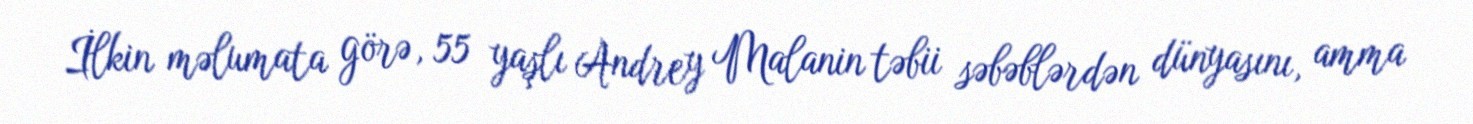
İlkin məlumata görə, 55 yaşlı Andrey Malanin təbii səbəblərdən dünyasını, amma